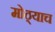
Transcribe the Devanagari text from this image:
मोठ्याच